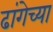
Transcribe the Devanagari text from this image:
ढांगेच्या